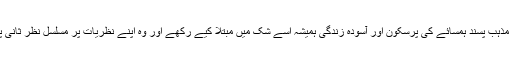
عین ممکن ہے کہ مذہب پسند ہمسائے کی پرسکون اور آسودہ زندگی ہمیشہ اسے شک میں مبتلا کیے رکھے اور وہ اپنے نظریات پر مسلسل نظر ثانی پر مجبور رہے گا۔